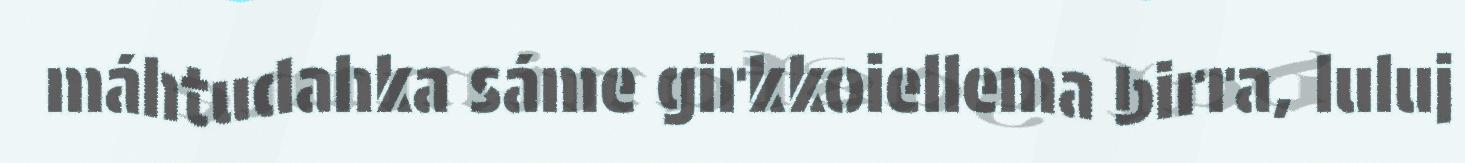
máhtudahka sáme girkkoiellema birra, luluj